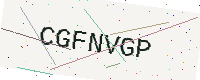
Text: CGFNVGP